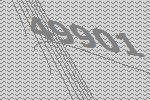
49901